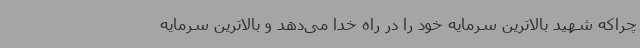
چراکه شهید بالاترین سرمایه خود را در راه خدا می‌دهد و بالاترین سرمایه